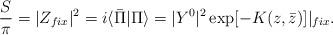
LaTeX: \begin{align*}{S\over{\pi}}=|Z_{fix}|^2=i\langle\bar{\Pi}|\Pi\rangle =|Y^0|^2\exp[-K(z,\bar{z})]|_{fix}.\end{align*}